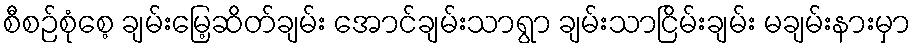
စီစဉ်စုံစေ့ ချမ်းမြေ့ဆိတ်ချမ်း အောင်ချမ်းသာရွာ ချမ်းသာငြိမ်းချမ်း မချမ်းနားမှာ